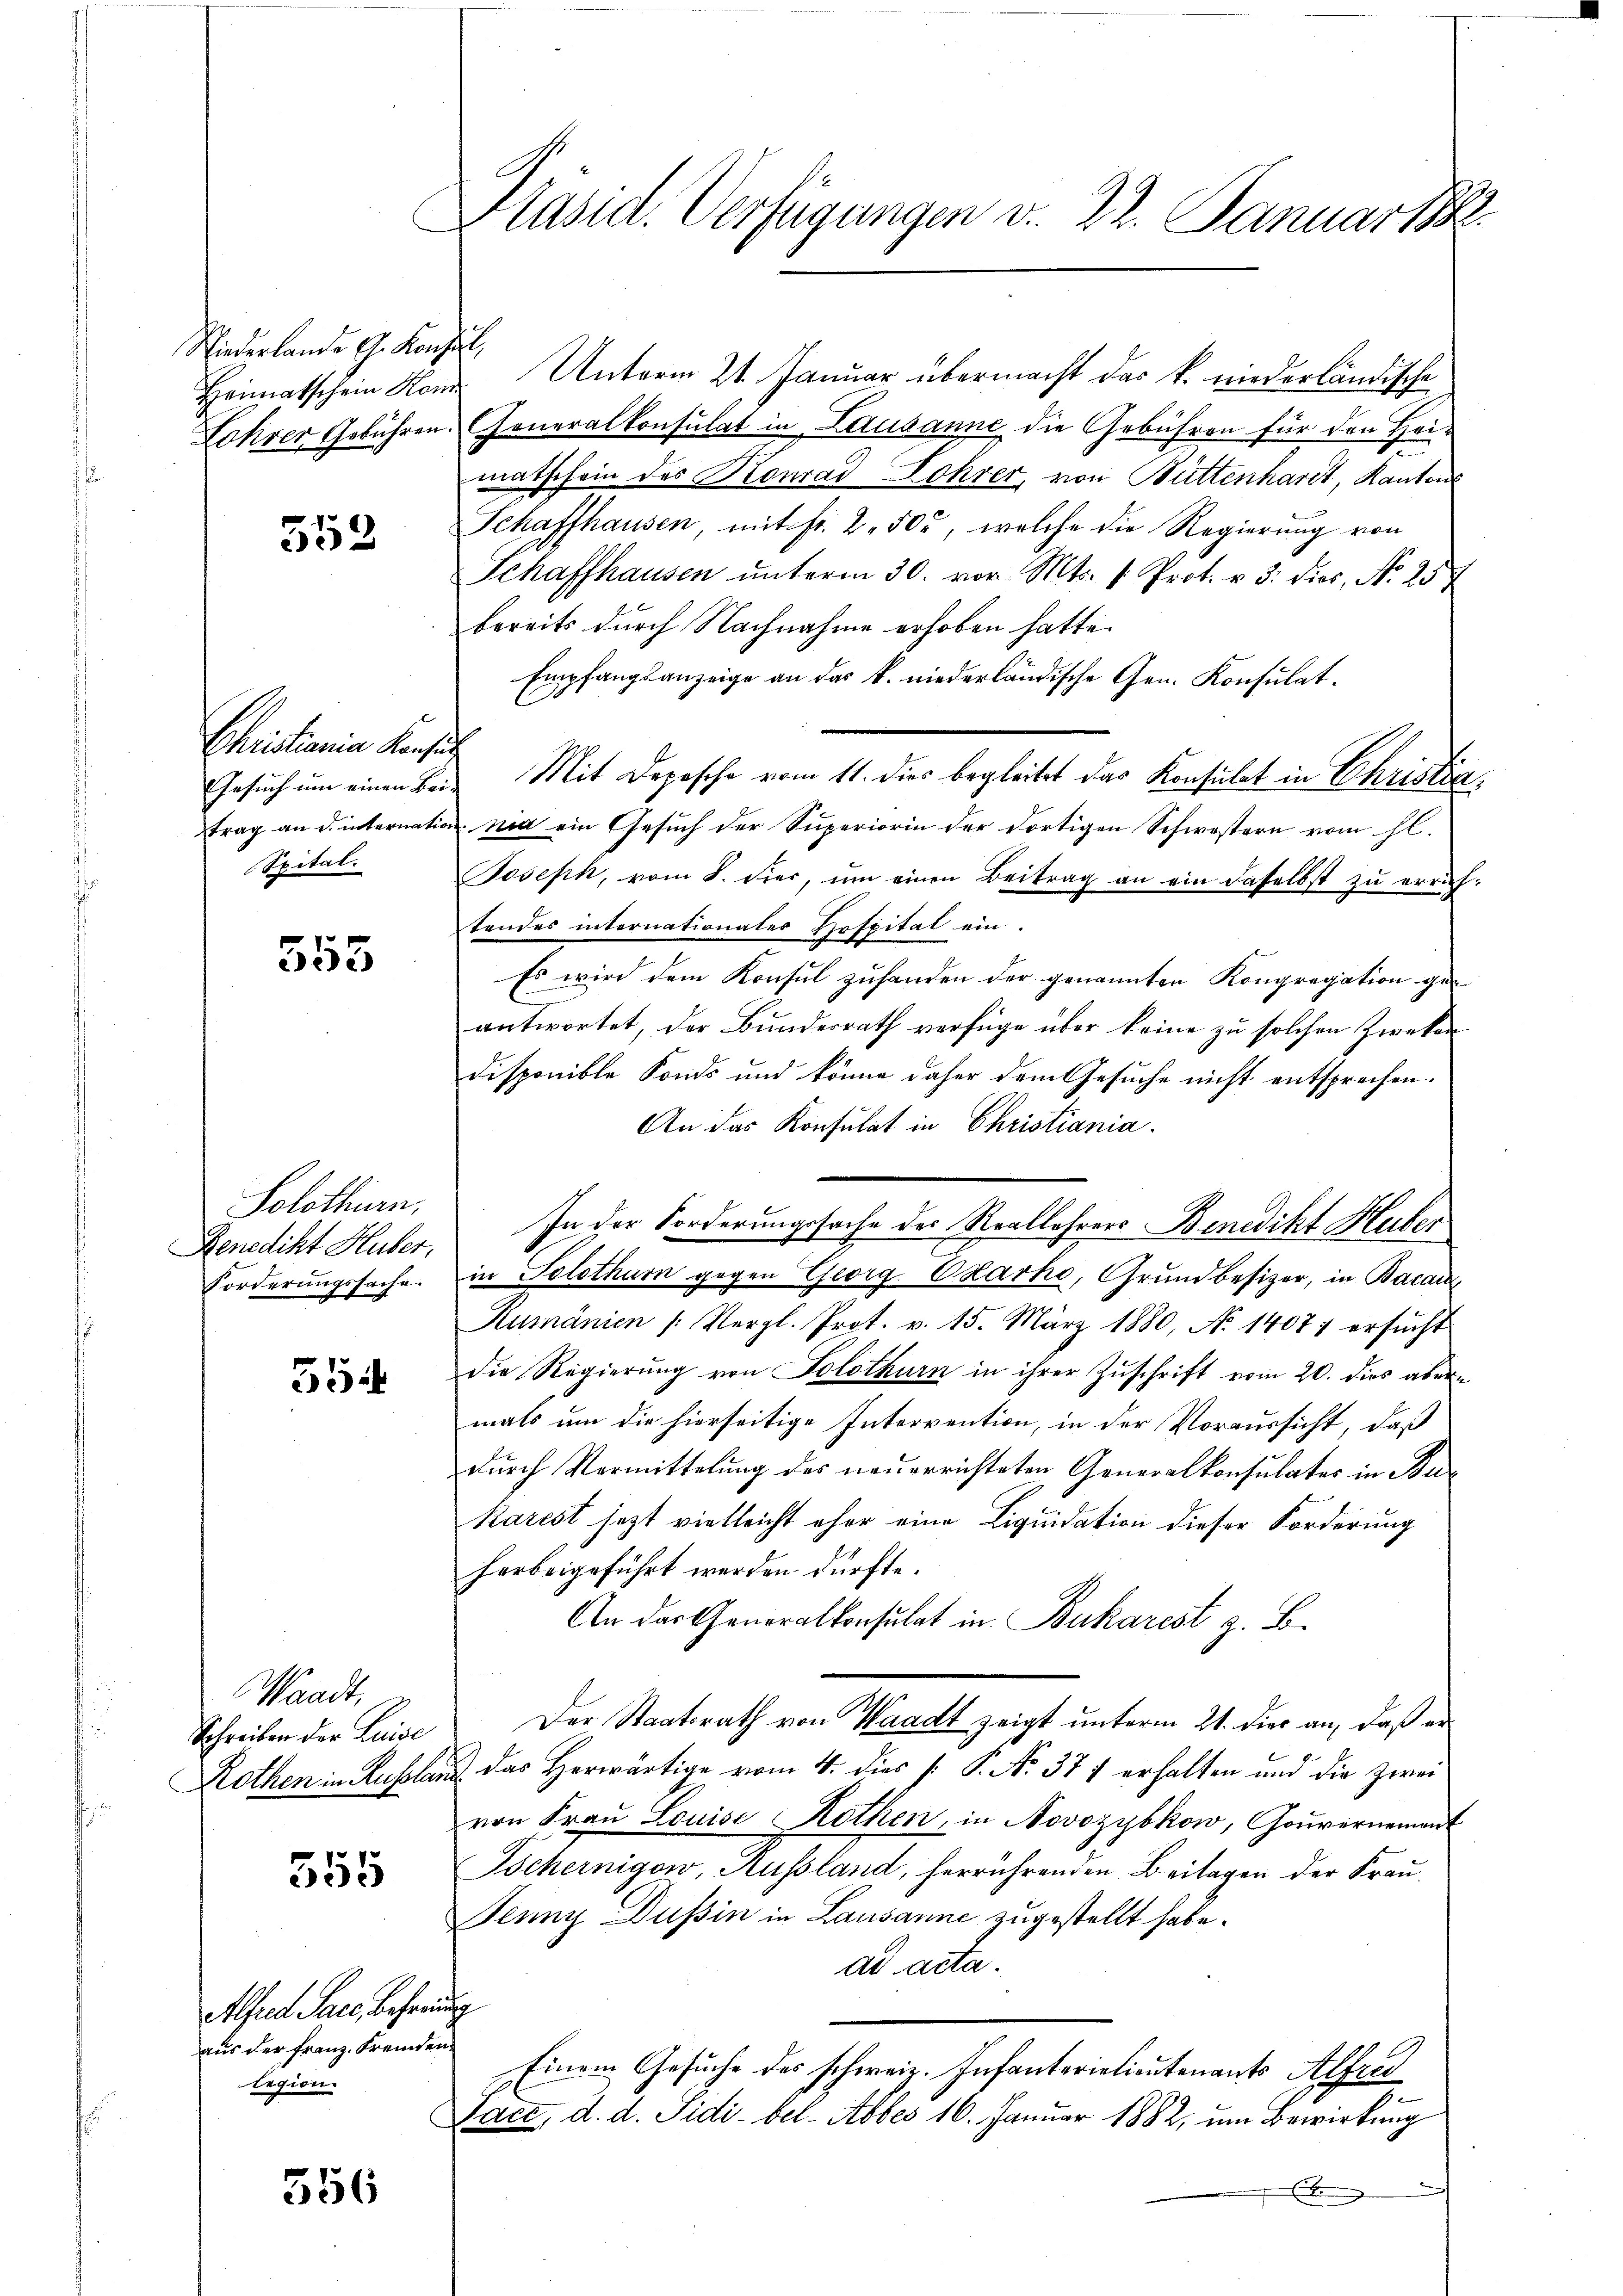
Niederlande G. Konz
Heimatschein Hon

552

Christiania Konsuch
Spital.

553

Solothurn.
Benedikt Huber.
Forderungssache.

55

Waadt,
Schreiben der Luise
Rothen in Russlan

555

Alfred Salz, Beherung
aus der Franz. Fremden
legion.

556

Präsid. Verfügungen v. 22. Januar

f
Unterm 21. Januar übermacht das k. niederländische
Lohrer Gebühren. Generalkonsulat in Lausanne die Gebühren für den Heimatschein des Konrad Lohrer, von Büttenharit, Kantons
Schaffhausen, mit fr. 2 500, welche die Regierung von
Schaffhausen ŭnterm 30. vor. Mts. 1. Prot. u. 3. dies, No 257
bereits durch Nachnahme erhoben hatte.
Empfangsanzeige an das k. niederländische Gen. Konsulat.
Gesuch um einen Bei Mit Depesche vom 11. dies begleitet das Konsulat in Christia
trag an d. internation nid ein Gesuch der Superiorin der dortigen Schwöstern vom hl.
Joseph, vom 8. Fier, um einen Beitrag an ein dasselbst zu errich-
tandes internationaler Hofpital ein.
Es wird dem Konsul zuhanden der genannten Kongregation geantwortet, der Bundesrath verfüge über keine zu solchen Zweken
Disponible Konds und könne daher dem Gesuche nicht entsprechen.
An das Konsulat in Christiania.
In der Forderungssache des Reallehrers Benedikt Huber
in Solothurn gegen Georg Barke, Grundbesizer, in Bacai
Rumänien /: Vergl. Prot. v. 15. März 1880, No 1407; ersŭcht
die Regierung von Solothurn in ihrer Zuschrift vom 20. dies aber
mals um die hierseitige Intervention, in der Voraussicht, daß
durch Vormittelung des neuerrichteten Generalkonsulates in Bu¬
Karest jetzt vielleicht eher eine Liquidation dieser Forderung
harbeigeführt werden dürfte.
An das Generalkonsulat in Bukarest z. B.
Der Staatsrath von Waadt zeigt unterm 21. dies an, daß er
 Das Herwärtige vom 4. dies P. P. No. 377 erhalten und die zwei
von Fraŭ Louise Rothen, in Novozybkow, Gouvernement
Tschernigow, Aussland, herrührenden Beilagen der Krau¬
Jenny Dussin in Lausanne zugestellt habe.
ad acta.
Einem Gesuche des schweiz. Infanterielieutenants Alfred
Jace, d. d. Sidi-bel- Abbes 16. Januar 1882, um Bewirkung
E